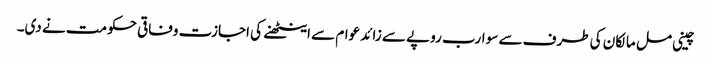
چینی مل مالکان کی طرف سے سو ارب روپے سے زائد عوام سے اینٹھنے کی اجازت وفاقی حکومت نے دی۔